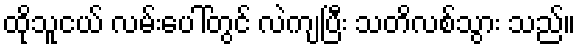
ထိုသူငယ် လမ်းပေါ်တွင် လဲကျပြီး သတိလစ်သွား သည်။